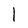
Character: l